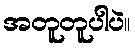
အတူတူပါပဲ။